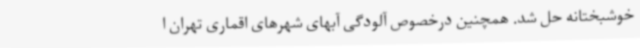
خوشبختانه حل شد. همچنین درخصوص آلودگی آبهای شهرهای اقماری تهران ا